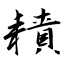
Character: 耫